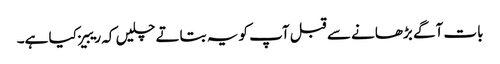
بات آگے بڑھانے سے قبل آپ کو یہ بتاتے چلیں کہ ریبیز کیا ہے۔